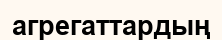
агрегаттардың